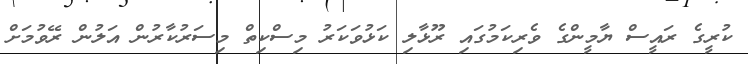
ކުރީގެ ރައީސް ޔާމީންގެ ވެރިކަމުގައި ރޫޅާލި ކަޅުވަކަރު މިސްކިތް މިސަރުކާރުން އަލުން ރޭވުމަށް